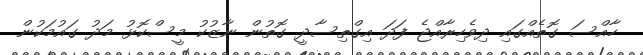
ހާއްސަ ގޮތެއްގައި ދިވެހިރާއްޖެ ފަދަ އިގްތިސާދީ ގޮތުން ނާޒުކު މީސްކޮޅު މަދު ގައުމަކުން